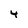
Character: 4